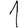
Digit: 1